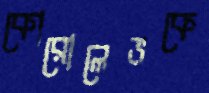
কোরোলেভকে